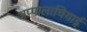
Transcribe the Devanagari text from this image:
अप्पालाचियाई